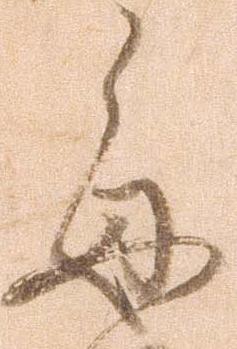
毎